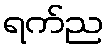
ရက်ည